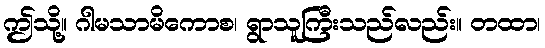
ဤသို့။ ဂါမသာမိကောစ၊ ရွာသူကြီးသည်လည်း။ တထာ၊